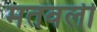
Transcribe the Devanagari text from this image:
मतवली